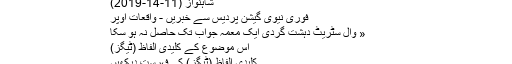
اس مفید مراسلے کے لئے درج ذیل رُکن نے حبیب صادق کا شکریہ ادا کیا:
شاہنواز (11-14-2019)
فوری نیوی گیشن پردیس سے خبریں - واقعات اوپر
« وال سٹریٹ دہشت گردی ایک معمہ جواب تک حاصل نہ ہو سکا
اس موضوع کے کلیدی الفاظ (ٹیگز)
کلیدی الفاظ (ٹیگز) کی فہرست دیکھیں
تمام اوقات GMT +5 ہیں۔